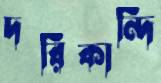
দরিকান্দি